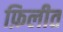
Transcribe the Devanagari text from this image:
फ़िलीत